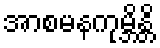
အာစမနကုမ္ဘိန္တိ